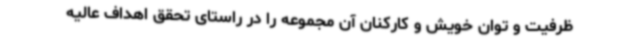
ظرفیت و توان خویش و کارکنان آن مجموعه را در راستای تحقق اهداف عالیه